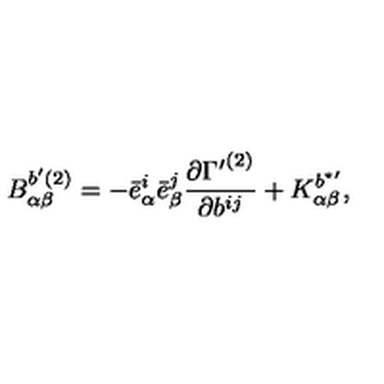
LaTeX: { B } _ { \alpha \beta } ^ { b ^ { \prime } ( 2 ) } = - { \bar { e } } _ { \alpha } ^ { i } { \bar { e } } _ { \beta } ^ { j } \frac { \partial { \Gamma ^ { \prime } } ^ { ( 2 ) } } { \partial b ^ { i j } } + { K } _ { \alpha \beta } ^ { b ^ { \star \prime } } ,